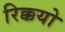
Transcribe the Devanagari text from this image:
रिक्कयो